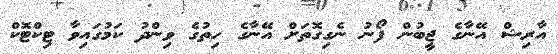
އާރިޝް އޭނާގެ ޖީބުން ފޯނު ނެގިގޮތަށް އޭނާގެ ހިތުގެ ވިންދު ކަމުގައިވާ ޓިކްޓޮކް